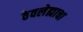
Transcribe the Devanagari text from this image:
ठेवलेह्याचा